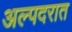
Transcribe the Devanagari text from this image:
अल्पदरात